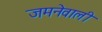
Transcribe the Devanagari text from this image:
जमनेवाली